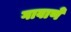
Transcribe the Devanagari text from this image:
गावाणे